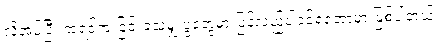
လိုအပ်ပြီး အရင်က ငြင်းခဲ့သမျှ ပွဲတွေမှာ ပြန်လည်ပါဝင်ရတော့မှာ ဖြစ်ပါတယ်။